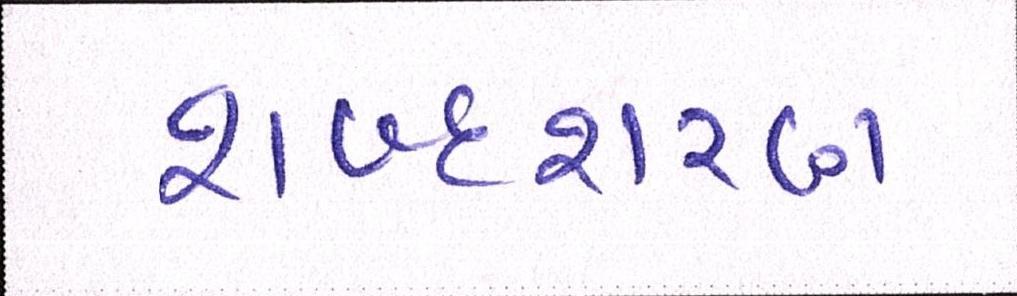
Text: શબ્દશરણ